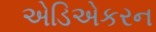
એડિએકરન